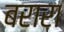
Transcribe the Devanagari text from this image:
बरारा